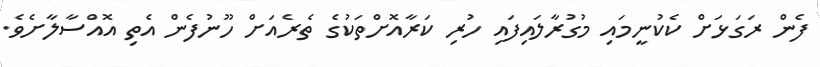
ފެން ރަގަޅަށް ކެކުނީމަައި މުގުރާލައިފައި ހުރި ކަރާއޮށްތަކުގެ ތެރެއަށް ހޫނުފެން އެތި އޮއްސާލާށެެވެ.